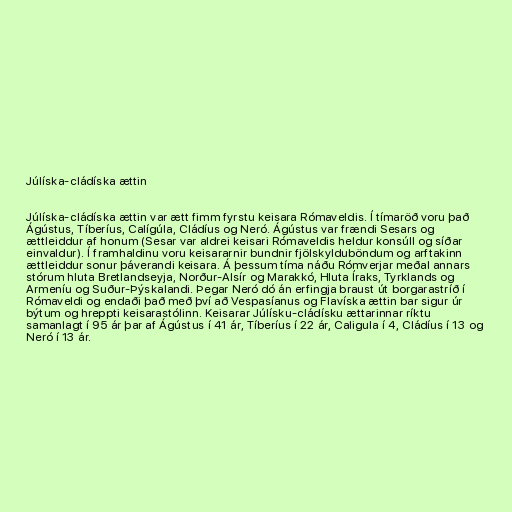
Júlíska-cládíska ættin

Júlíska-cládíska ættin var ætt fimm fyrstu keisara Rómaveldis. Í tímaröð voru það
Ágústus, Tíberíus, Calígúla, Cládíus og Neró. Ágústus var frændi Sesars og
ættleiddur af honum (Sesar var aldrei keisari Rómaveldis heldur konsúll og síðar
einvaldur). Í framhaldinu voru keisararnir bundnir fjölskylduböndum og arftakinn
ættleiddur sonur þáverandi keisara. Á þessum tíma náðu Rómverjar meðal annars
stórum hluta Bretlandseyja, Norður-Alsír og Marakkó, Hluta Íraks, Tyrklands og
Armeníu og Suður-Þýskalandi. Þegar Neró dó án erfingja braust út borgarastríð í
Rómaveldi og endaði það með því að Vespasíanus og Flavíska ættin bar sigur úr
býtum og hreppti keisarastólinn. Keisarar Júlísku-cládísku ættarinnar ríktu
samanlagt í 95 ár þar af Ágústus í 41 ár, Tíberíus í 22 ár, Caligula í 4, Cládíus í 13 og
Neró í 13 ár.